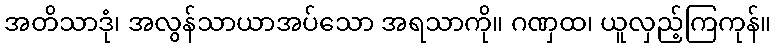
အတိသာဒုံ၊ အလွန်သာယာအပ်သော အရသာကို။ ဂဏှထ၊ ယူလှည့်ကြကုန်။